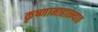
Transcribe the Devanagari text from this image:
कृष्णामाहात्म्यात